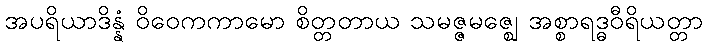
အပရိယာဒိန္နံ ဝိဝေကကာမော စိတ္တတာယ သမဇ္ဇမဇ္ဈေ အစ္စာရဒ္ဓဝီရိယတ္တာ